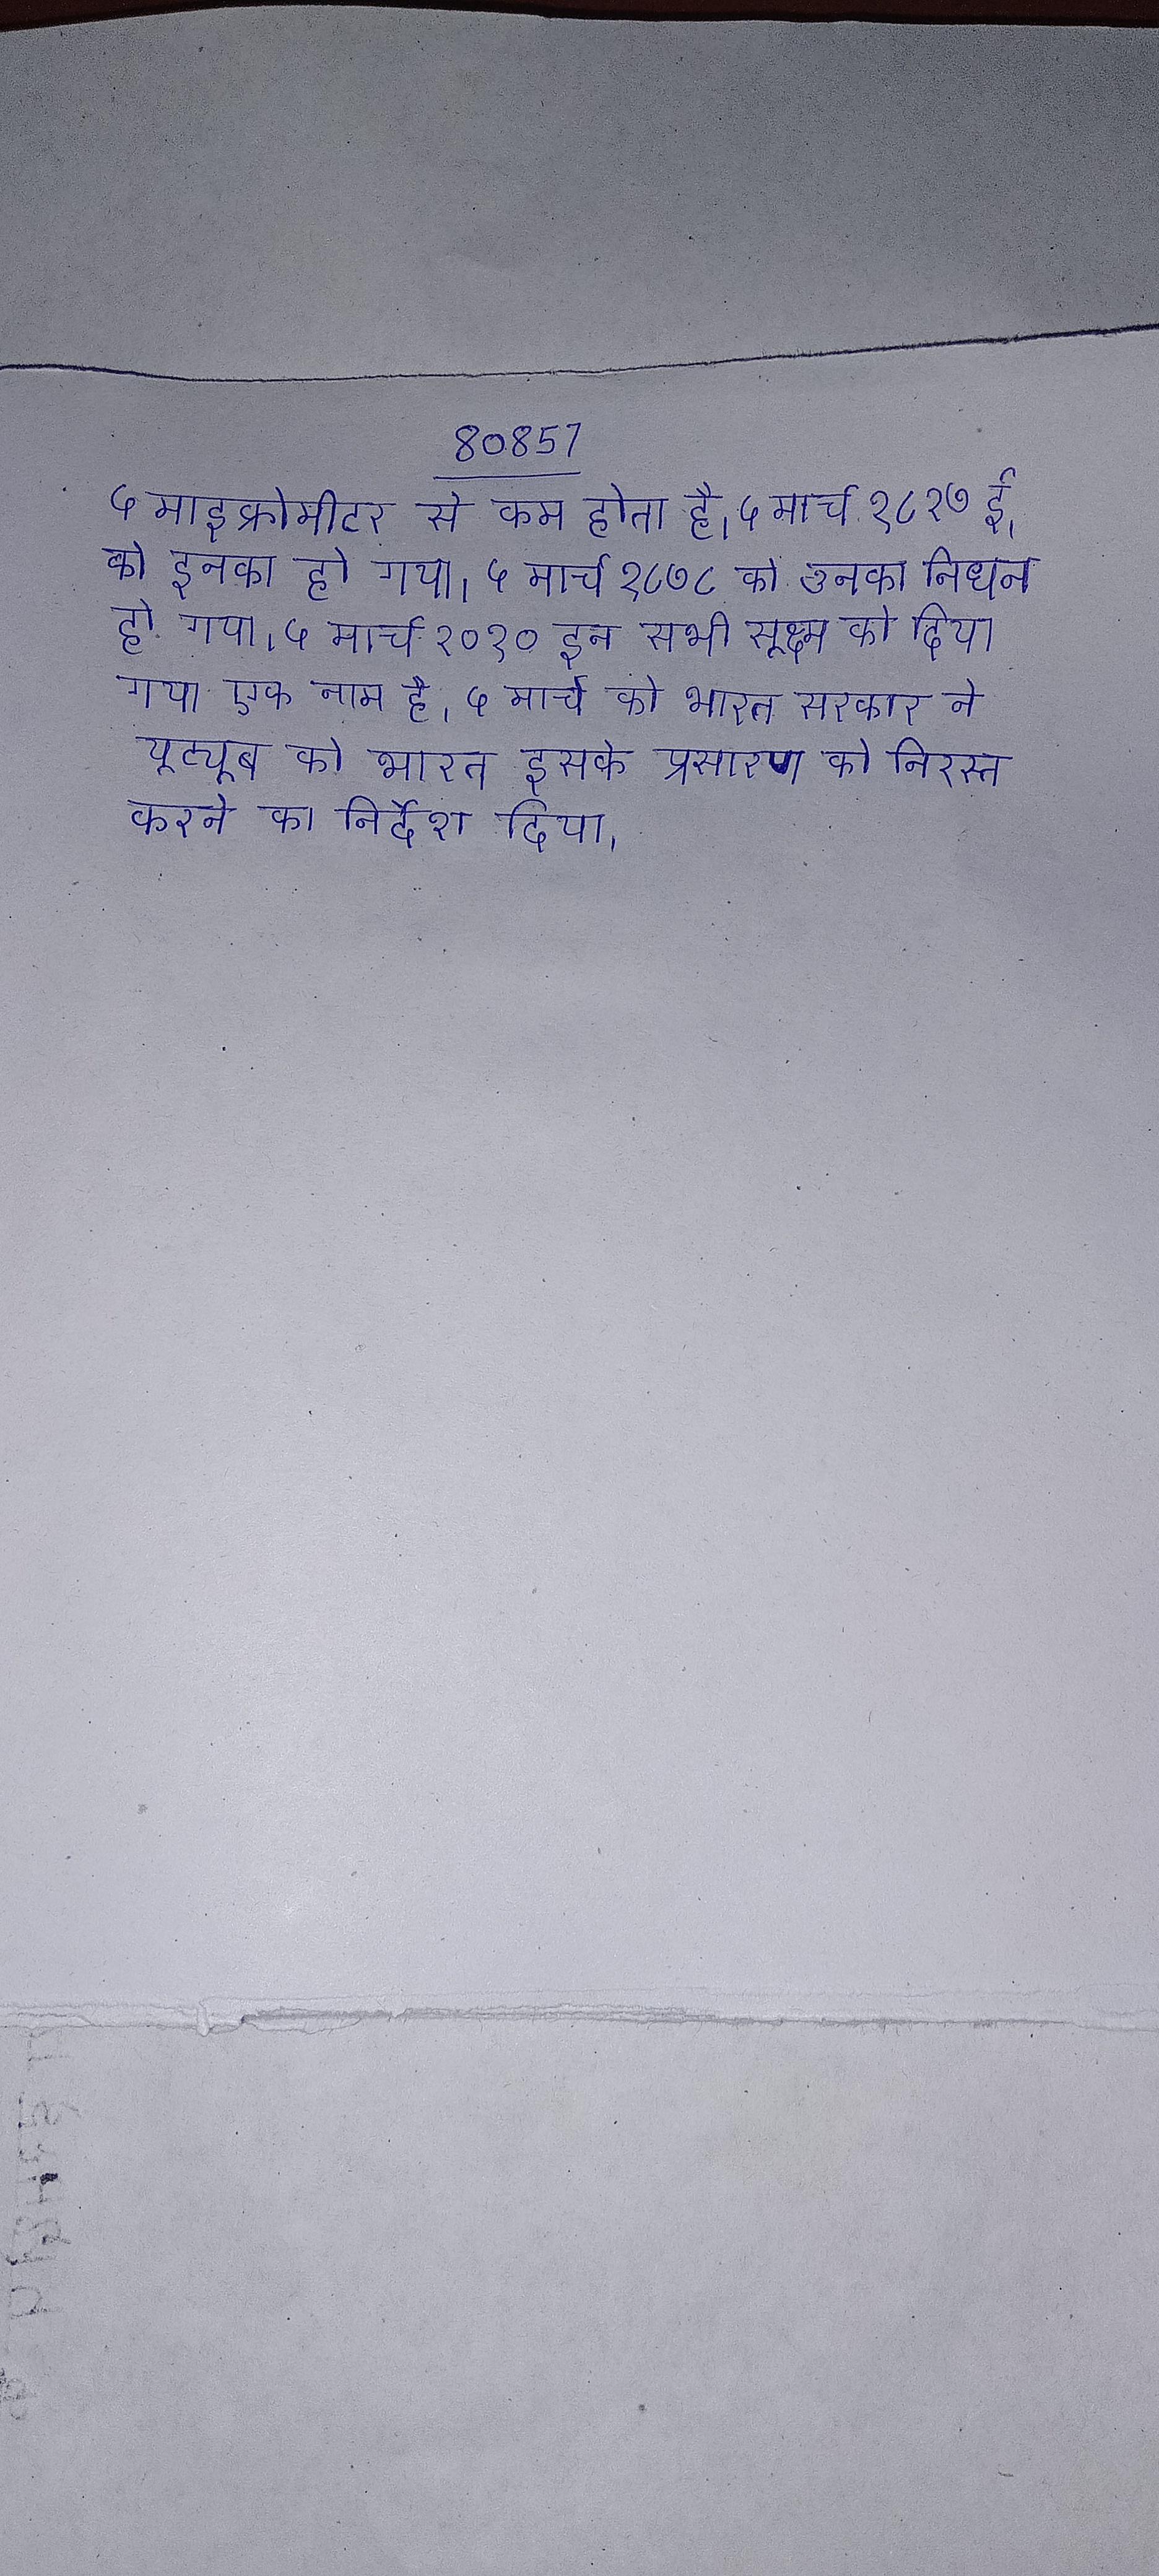
५ माइक्रोमीटर से कम होता है । ५ मार्च १८२७ ई. को इनका हो गया । ५ मार्च १८७८ को उनका निधन हो गया । ५ मार्च २०१० इन सभी सूक्ष्म को दिया गया एक नाम है । ५ मार्च को भारत सरकार ने यूट्यूब को भारत इसके प्रसारण को निरस्त करने का निर्देश दिया ।